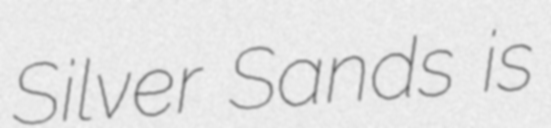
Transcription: Silver Sands is